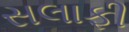
સલાફી